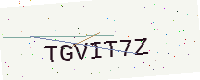
Text: TGVIT7Z